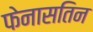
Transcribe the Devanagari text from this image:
फेनासतिन